Lunatic asylums United Provinces 1899-1908 - 1899-1908
Year: 1899
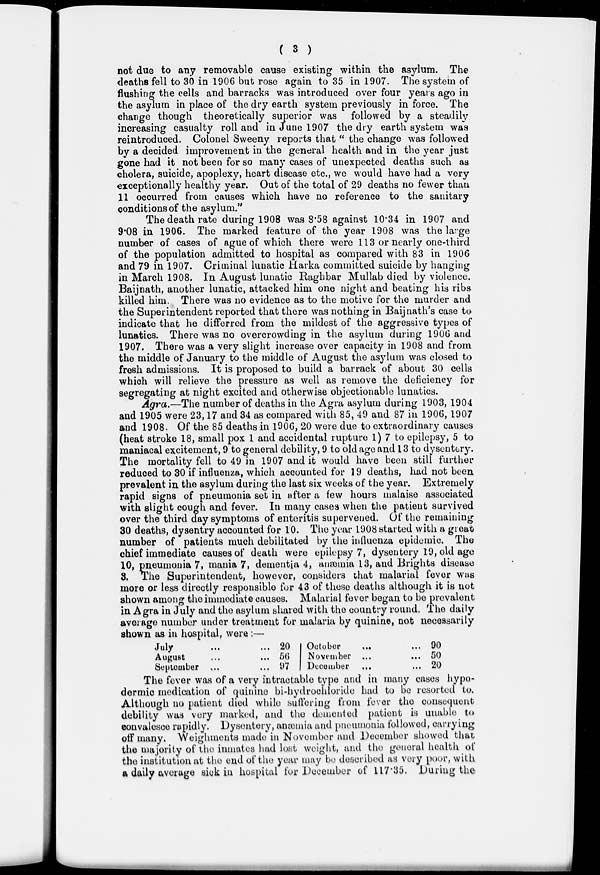
( 3 )
not due to any removable cause existing within the asylum. The
deaths fell to 30 in 1906 but rose again to 35 in 1907. The system of
flushing the cells and barracks was introduced over four years ago in
the asylum in place of the dry earth system previously in force. The
change though theoretically superior was followed by a steadily
increasing casualty roll and in June 1907 the dry earth system was
reintroduced. Colonel Sweeny reports that " the change was followed
by a decided improvement in the general health and in the year just
gone had it not been for so many cases of unexpected deaths such as
cholera, suicide, apoplexy, heart disease etc., we would have had a very
exceptionally healthy year. Out of the total of 29 deaths no fewer than
11 occurred from causes which have no reference to the sanitary
conditions of the asylum."
The death rate during 1908 was 8.58 against 10.34 in 1907 and
9.08 in 1906. The marked feature of the year 1908 was the large
number of cases of ague of which there were 113 or nearly one-third
of the population admitted to hospital as compared with 83 in 1906
and 79 in 1907. Criminal lunatic Harka committed suicide by hanging
in March 1908. In August lunatic Raghbar Mullab died by violence.
Baijnath, another lunatic, attacked him one night and beating his ribs
killed him. There was no evidence as to the motive for the murder and
the Superintendent reported that there was nothing in Baijnath's case to
indicate that he differred from the mildest of the aggressive types of
lunatics. There was no overcrowding in the asylum during 1906 and
1907. There was a very slight increase over capacity in 1908 and from
the middle of January to the middle of August the asylum was closed to
fresh admissions. It is proposed to build a barrack of about 30 cells
which will relieve the pressure as well as remove the deficiency for
segregating at night excited and otherwise objectionable lunatics.
Agra.—The number of deaths in the Agra asylum during 1903, 1904
and 1905 were 23,17 and 34 as compared with 85, 49 and 87 in 1906, 1907
and 1908. Of the 85 deaths in 1906, 20 were due to extraordinary causes
(heat stroke 18, small pox 1 and accidental rupture 1) 7 to epilepsy, 5 to
maniacal excitement, 9 to general debility, 9 to old age and 13 to dysentery.
The mortality fell to 49 in 1907 and it would have been still further
reduced to 30 if influenza, which accounted for 19 deaths, had not been
prevalent in the asylum during the last six weeks of the year. Extremely
rapid signs of pneumonia set in after a few hours malaise associated
with slight cough and fever. In many cases when the patient survived
over the third day symptoms of enteritis supervened. Of the remaining
30 deaths, dysentry accounted for 10. The year 1908 started with a great
number of patients much debilitated by the influenza epidemic. The
chief immediate causes of death were epilepsy 7, dysentery 19, old age
10, pneumonia 7, mania 7, dementia 4, anæmia 13, and Brights disease
3. The Superintendent, however, considers that malarial fever was
more or less directly responsible for 43 of these deaths although it is not
shown among the immediate causes. Malarial fever began to be prevalent
in Agra in July and the asylum shared with the country round. The daily
average number under treatment for malaria by quinine, not necessarily
shown as in hospital, were :—
July ... ...
August ... ...
September ... ...
20
56
97
October ... ...
November ... ...
December ... ...
90
50
20
The fever was of a very intractable type and in many cases hypo-
dermic medication of quinine bi-hydrochloride had to be resorted to.
Although no patient died while suffering from fever the consequent
debility was very marked, and the demented patient is unable to
convalesce rapidly. Dysentery, anæmia and pneumonia followed, carrying
off many. Weighments made in November and December showed that
the majority of the inmates had lost weight, and the general health of
the institution at the end of the year may be described as very poor, with
a daily average sick in hospital for December of 117.35. During the